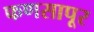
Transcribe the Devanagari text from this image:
फणसापूर